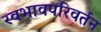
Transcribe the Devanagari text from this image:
स्वभावपरिवर्तन